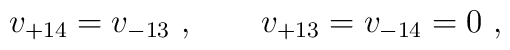
v_{+14} = v_{-13}\ , \qquad v_{+13} = v_{-14} = 0\ ,